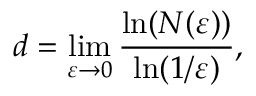
d = \operatorname* { l i m } _ { \varepsilon \rightarrow 0 } \frac { \ln ( N ( \varepsilon ) ) } { \ln ( 1 / \varepsilon ) } ,